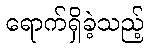
ရောက်ရှိခဲ့သည့်